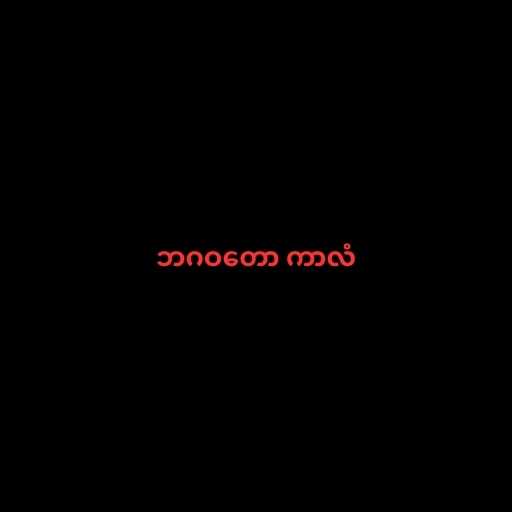
ဘဂဝတော ကာလံ